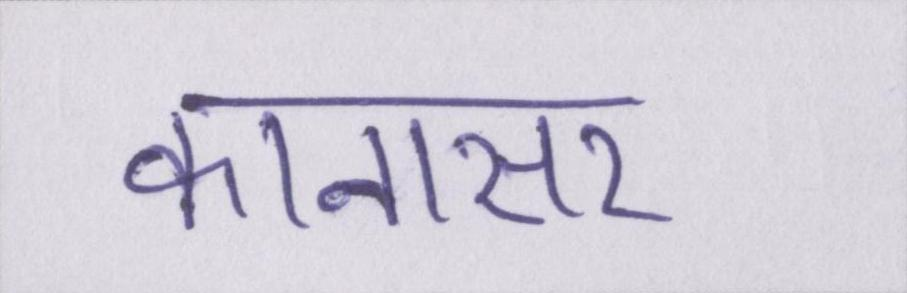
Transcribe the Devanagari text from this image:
कानासर